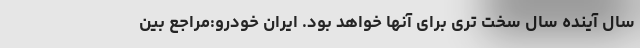
سال آینده سال سخت تری برای آنها خواهد بود. ایران خودرو:مراجع بین